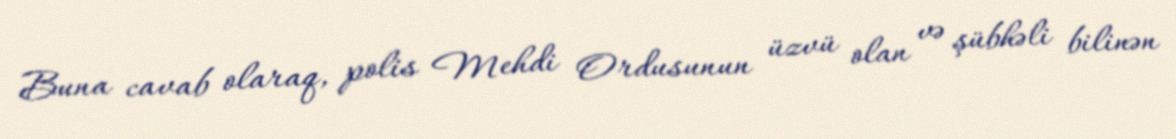
Buna cavab olaraq, polis Mehdi Ordusunun üzvü olan və şübhəli bilinən